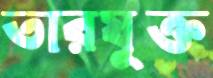
তারযুক্ত